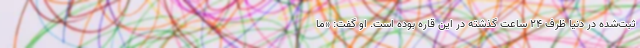
ثبت‌شده در دنیا ظرف ۲۴ ساعت گذشته در این قاره بوده است. او گفت: «ما